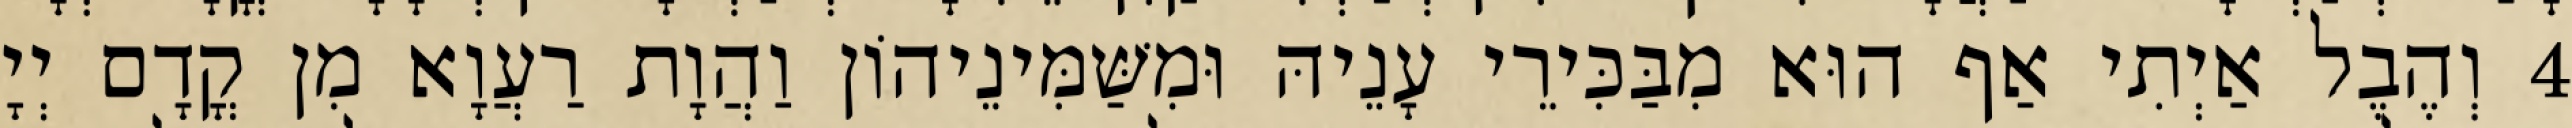
4 וְהֶבֶל אַיְתִי אַף הוּא מִבַּכִּירֵי עָנֵיהּ וּמִשַּׁמִּינֵיהוֹן וַהֲוָת רַעֲוָא מִן קֳדָם יְיָ